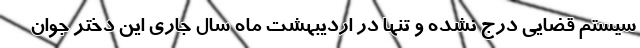
سیستم قضایی درج نشده و تنها در اردیبهشت ماه سال جاری این دختر جوان